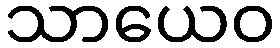
သာယေဝ